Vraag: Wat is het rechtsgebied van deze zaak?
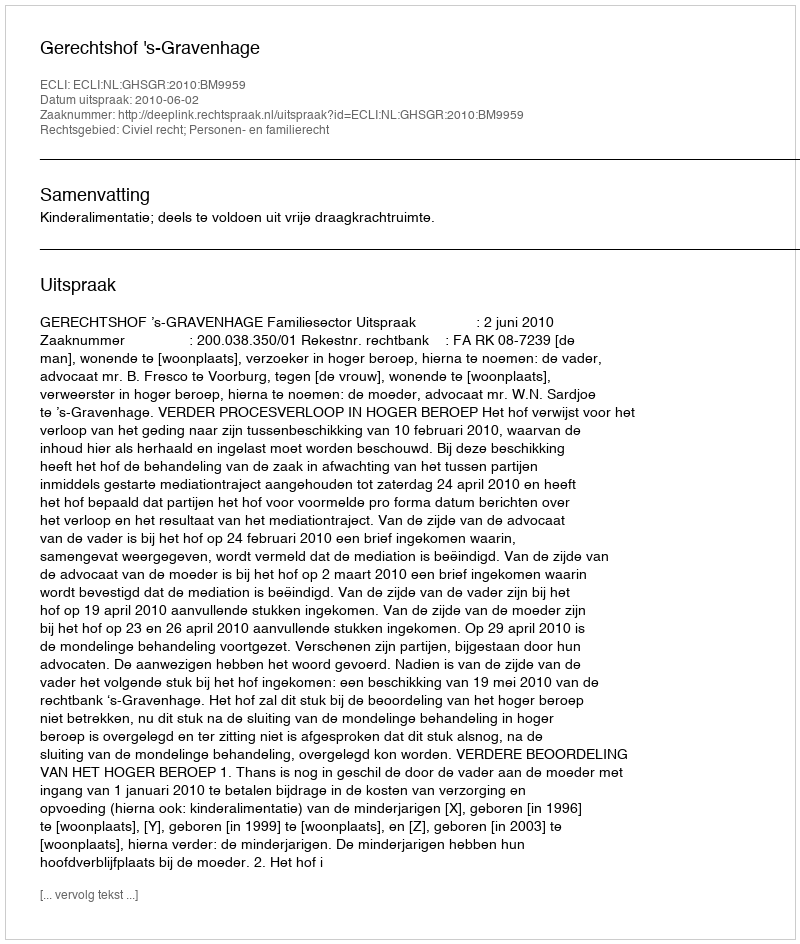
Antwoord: Civiel recht; Personen- en familierecht